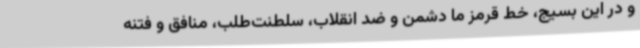
و در این بسیج، خط قرمز ما دشمن و ضد انقلاب، سلطنت‌طلب، منافق و فتنه